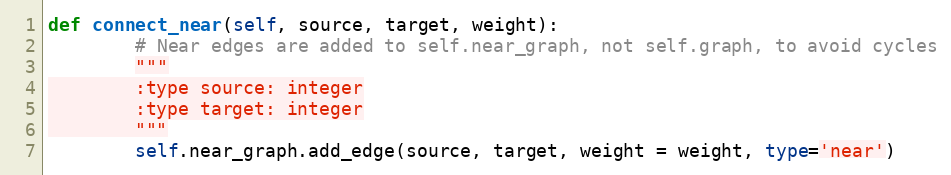
Language: Python
def connect_near(self, source, target, weight):
        # Near edges are added to self.near_graph, not self.graph, to avoid cycles
        """
        :type source: integer
        :type target: integer
        """
        self.near_graph.add_edge(source, target, weight = weight, type='near')